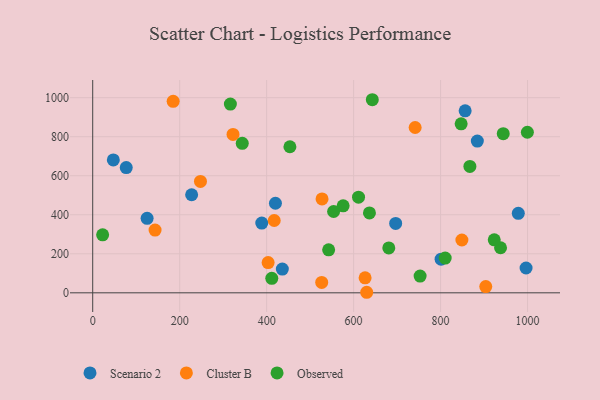
{"axis": {"x": "Study Hours", "y": "Fuel Efficiency"}, "legend": ["Cluster B", "Observed", "Scenario 2"], "data": [{"x": "388.8", "y": 357.2, "type": "Scenario 2"}, {"x": "436.1", "y": 121.6, "type": "Scenario 2"}, {"x": "856.5", "y": 932.5, "type": "Scenario 2"}, {"x": "696.7", "y": 355.4, "type": "Scenario 2"}, {"x": "420.2", "y": 459.0, "type": "Scenario 2"}, {"x": "125.1", "y": 381.5, "type": "Scenario 2"}, {"x": "996.6", "y": 127.2, "type": "Scenario 2"}, {"x": "884.5", "y": 777.7, "type": "Scenario 2"}, {"x": "801.2", "y": 172.2, "type": "Scenario 2"}, {"x": "227.5", "y": 502.4, "type": "Scenario 2"}, {"x": "47.4", "y": 681.1, "type": "Scenario 2"}, {"x": "978.7", "y": 407.4, "type": "Scenario 2"}, {"x": "77.1", "y": 641.5, "type": "Scenario 2"}, {"x": "526.6", "y": 53.4, "type": "Cluster B"}, {"x": "903.9", "y": 32.1, "type": "Cluster B"}, {"x": "849.0", "y": 270.7, "type": "Cluster B"}, {"x": "322.7", "y": 811.6, "type": "Cluster B"}, {"x": "626.4", "y": 76.8, "type": "Cluster B"}, {"x": "630.1", "y": 2.8, "type": "Cluster B"}, {"x": "185.0", "y": 981.0, "type": "Cluster B"}, {"x": "527.4", "y": 481.3, "type": "Cluster B"}, {"x": "741.5", "y": 847.1, "type": "Cluster B"}, {"x": "143.4", "y": 321.6, "type": "Cluster B"}, {"x": "417.4", "y": 370.6, "type": "Cluster B"}, {"x": "403.4", "y": 155.1, "type": "Cluster B"}, {"x": "247.8", "y": 570.6, "type": "Cluster B"}, {"x": "680.9", "y": 229.9, "type": "Observed"}, {"x": "611.3", "y": 490.0, "type": "Observed"}, {"x": "937.9", "y": 230.9, "type": "Observed"}, {"x": "411.8", "y": 74.1, "type": "Observed"}, {"x": "575.9", "y": 445.7, "type": "Observed"}, {"x": "810.6", "y": 178.1, "type": "Observed"}, {"x": "554.0", "y": 416.6, "type": "Observed"}, {"x": "22.8", "y": 297.1, "type": "Observed"}, {"x": "752.9", "y": 85.7, "type": "Observed"}, {"x": "542.6", "y": 220.3, "type": "Observed"}, {"x": "453.5", "y": 748.5, "type": "Observed"}, {"x": "343.9", "y": 766.0, "type": "Observed"}, {"x": "643.0", "y": 989.4, "type": "Observed"}, {"x": "867.4", "y": 647.7, "type": "Observed"}, {"x": "847.3", "y": 866.0, "type": "Observed"}, {"x": "944.1", "y": 815.2, "type": "Observed"}, {"x": "316.6", "y": 967.1, "type": "Observed"}, {"x": "999.6", "y": 822.7, "type": "Observed"}, {"x": "923.4", "y": 271.7, "type": "Observed"}, {"x": "636.4", "y": 409.5, "type": "Observed"}]}